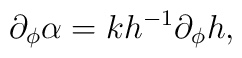
\partial_\phi\alpha=k h^{-1} \partial_\phi h,